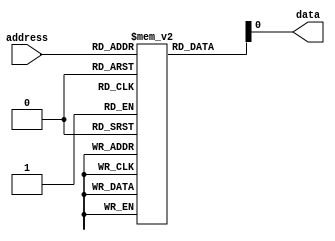
module Fuse_ROM(
    input wire [7:0] address,
    output reg data
);

reg [7:0] memory [0:255];

initial begin
    // Initialize memory with desired data
    memory[0] = 8'b11001100;
    memory[1] = 8'b10101010;
    // Add more initializations as needed
end

always @(*) begin
    // Read data from corresponding memory location
    data = memory[address];
end

endmodule